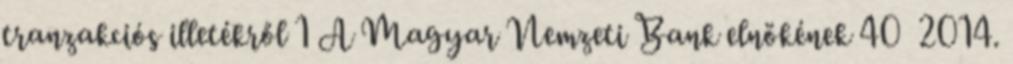
tranzakciós illetékről 1 A Magyar Nemzeti Bank elnökének 40 2014.